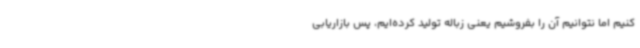
کنیم اما نتوانیم آن را بفروشیم یعنی زباله تولید کرده‌ایم، پس بازاریابی